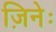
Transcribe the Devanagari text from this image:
ज़िनेः